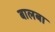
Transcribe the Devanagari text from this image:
बालबा